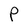
Character: P